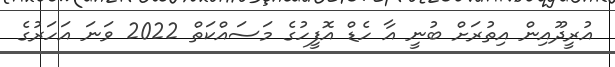
އުރީދޫއިން އިތުރަށް ބުނީ އާ ހެޑް އޮފީހުގެ މަސައްކަތް 2022 ވަނަ އަހަރުގެ